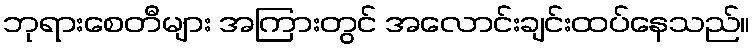
ဘုရားစေတီများ အကြားတွင် အလောင်းချင်းထပ်နေသည်။